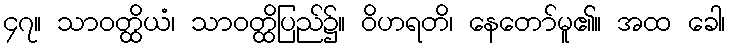
၄၇။ သာဝတ္ထိယံ၊ သာဝတ္ထိပြည်၌။ ဝိဟရတိ၊ နေတော်မူ၏။ အထ ခေါ၊